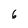
Character: 6